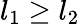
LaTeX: l_{1}\geq l_{2}